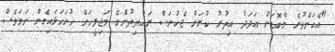
"އެއަށްވުރެ މާބޮޑަށް އަދަދު އިތުރު ކުރަން ޖެހުނަސް ރައްޔިތުންގެ މަޖިލީހަށް ހުށަހަޅައިގެން ނަމަވެސް